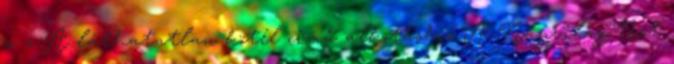
a z A láthatatlan kötél című alkotáshoz A Napvilág.Net